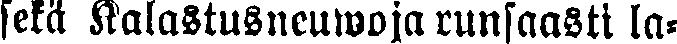
sekä Kalastusneuwoja runsaasti la-